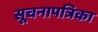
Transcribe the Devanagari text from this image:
सूचनापत्रिका